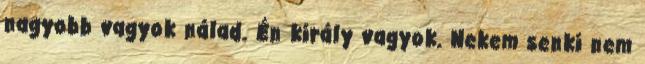
nagyobb vagyok nálad. Én király vagyok. Nekem senki nem